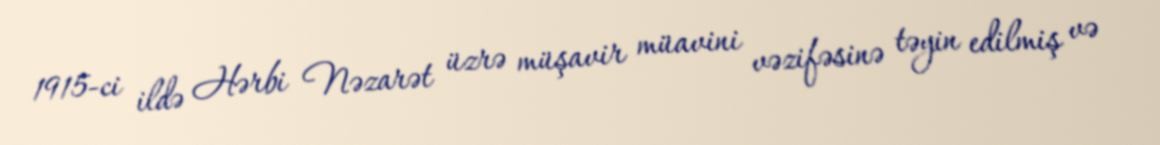
1915-ci ildə Hərbi Nəzarət üzrə müşavir müavini vəzifəsinə təyin edilmiş və